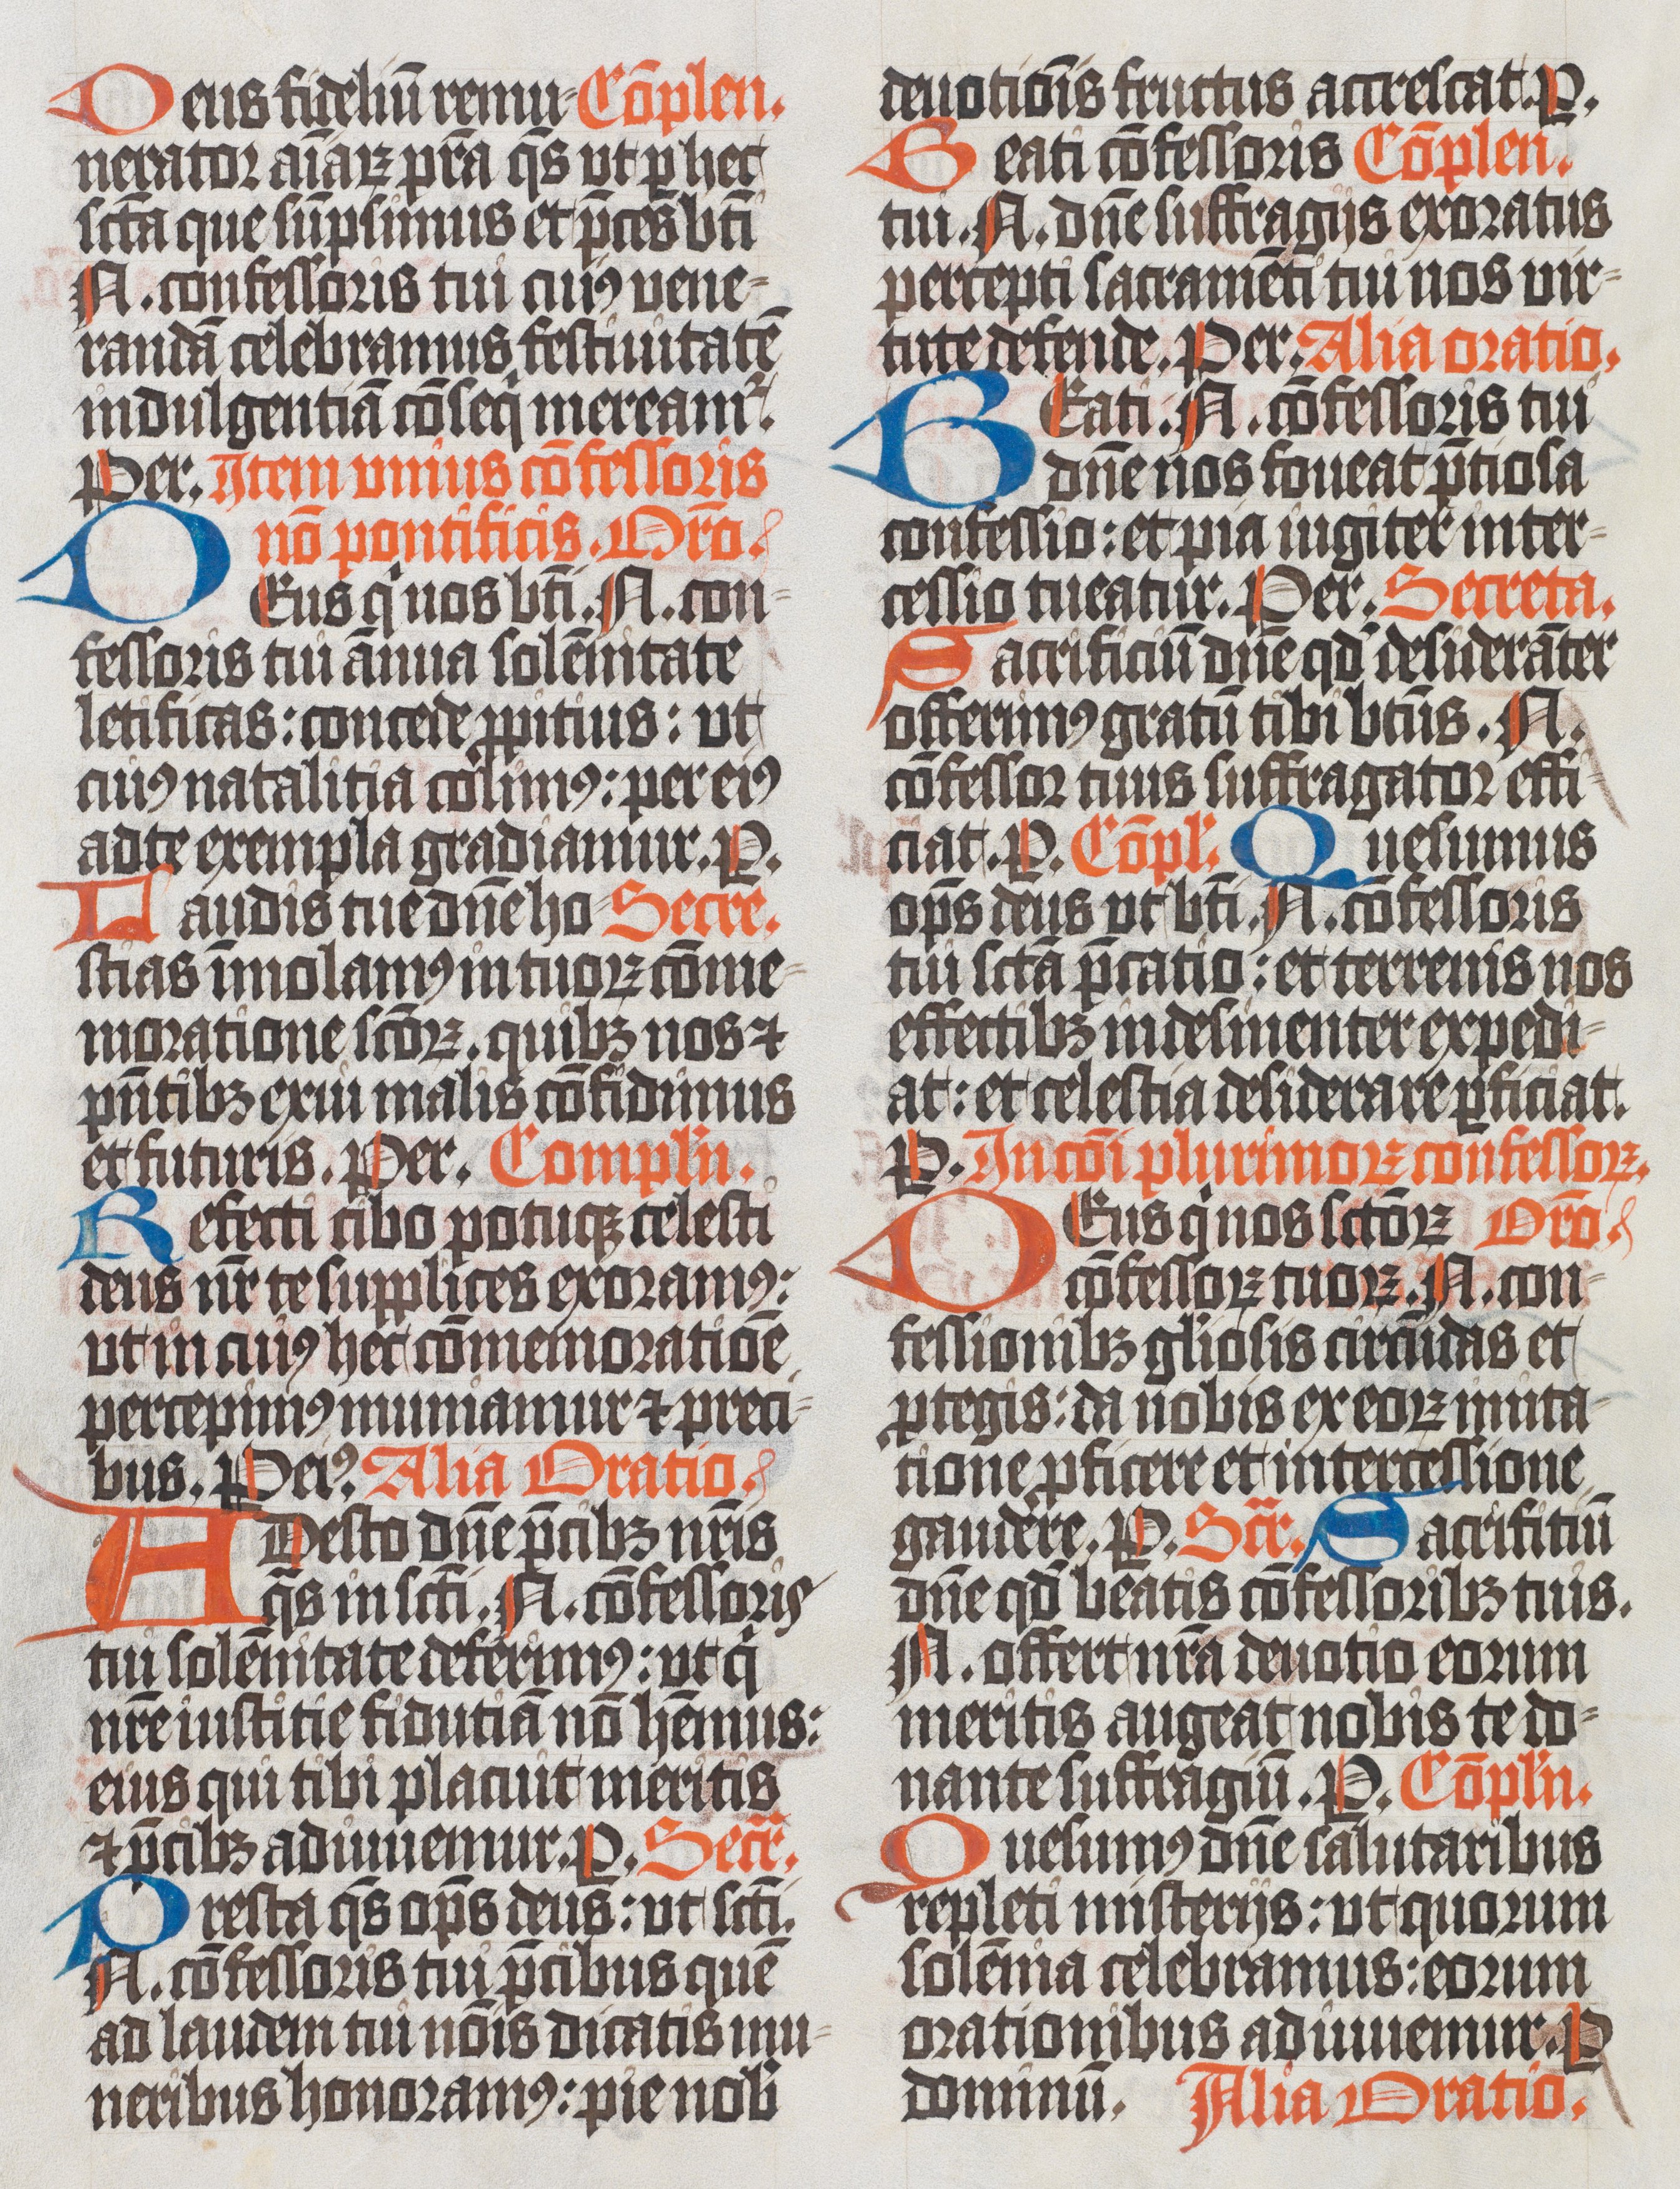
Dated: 1400–1499